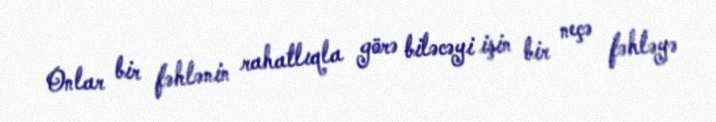
Onlar bir fəhlənin rahatlıqla görə biləcəyi işin bir neçə fəhləyə